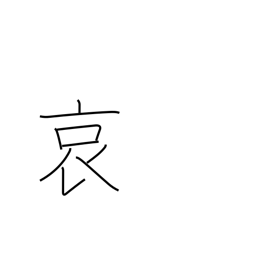
Meaning: pity